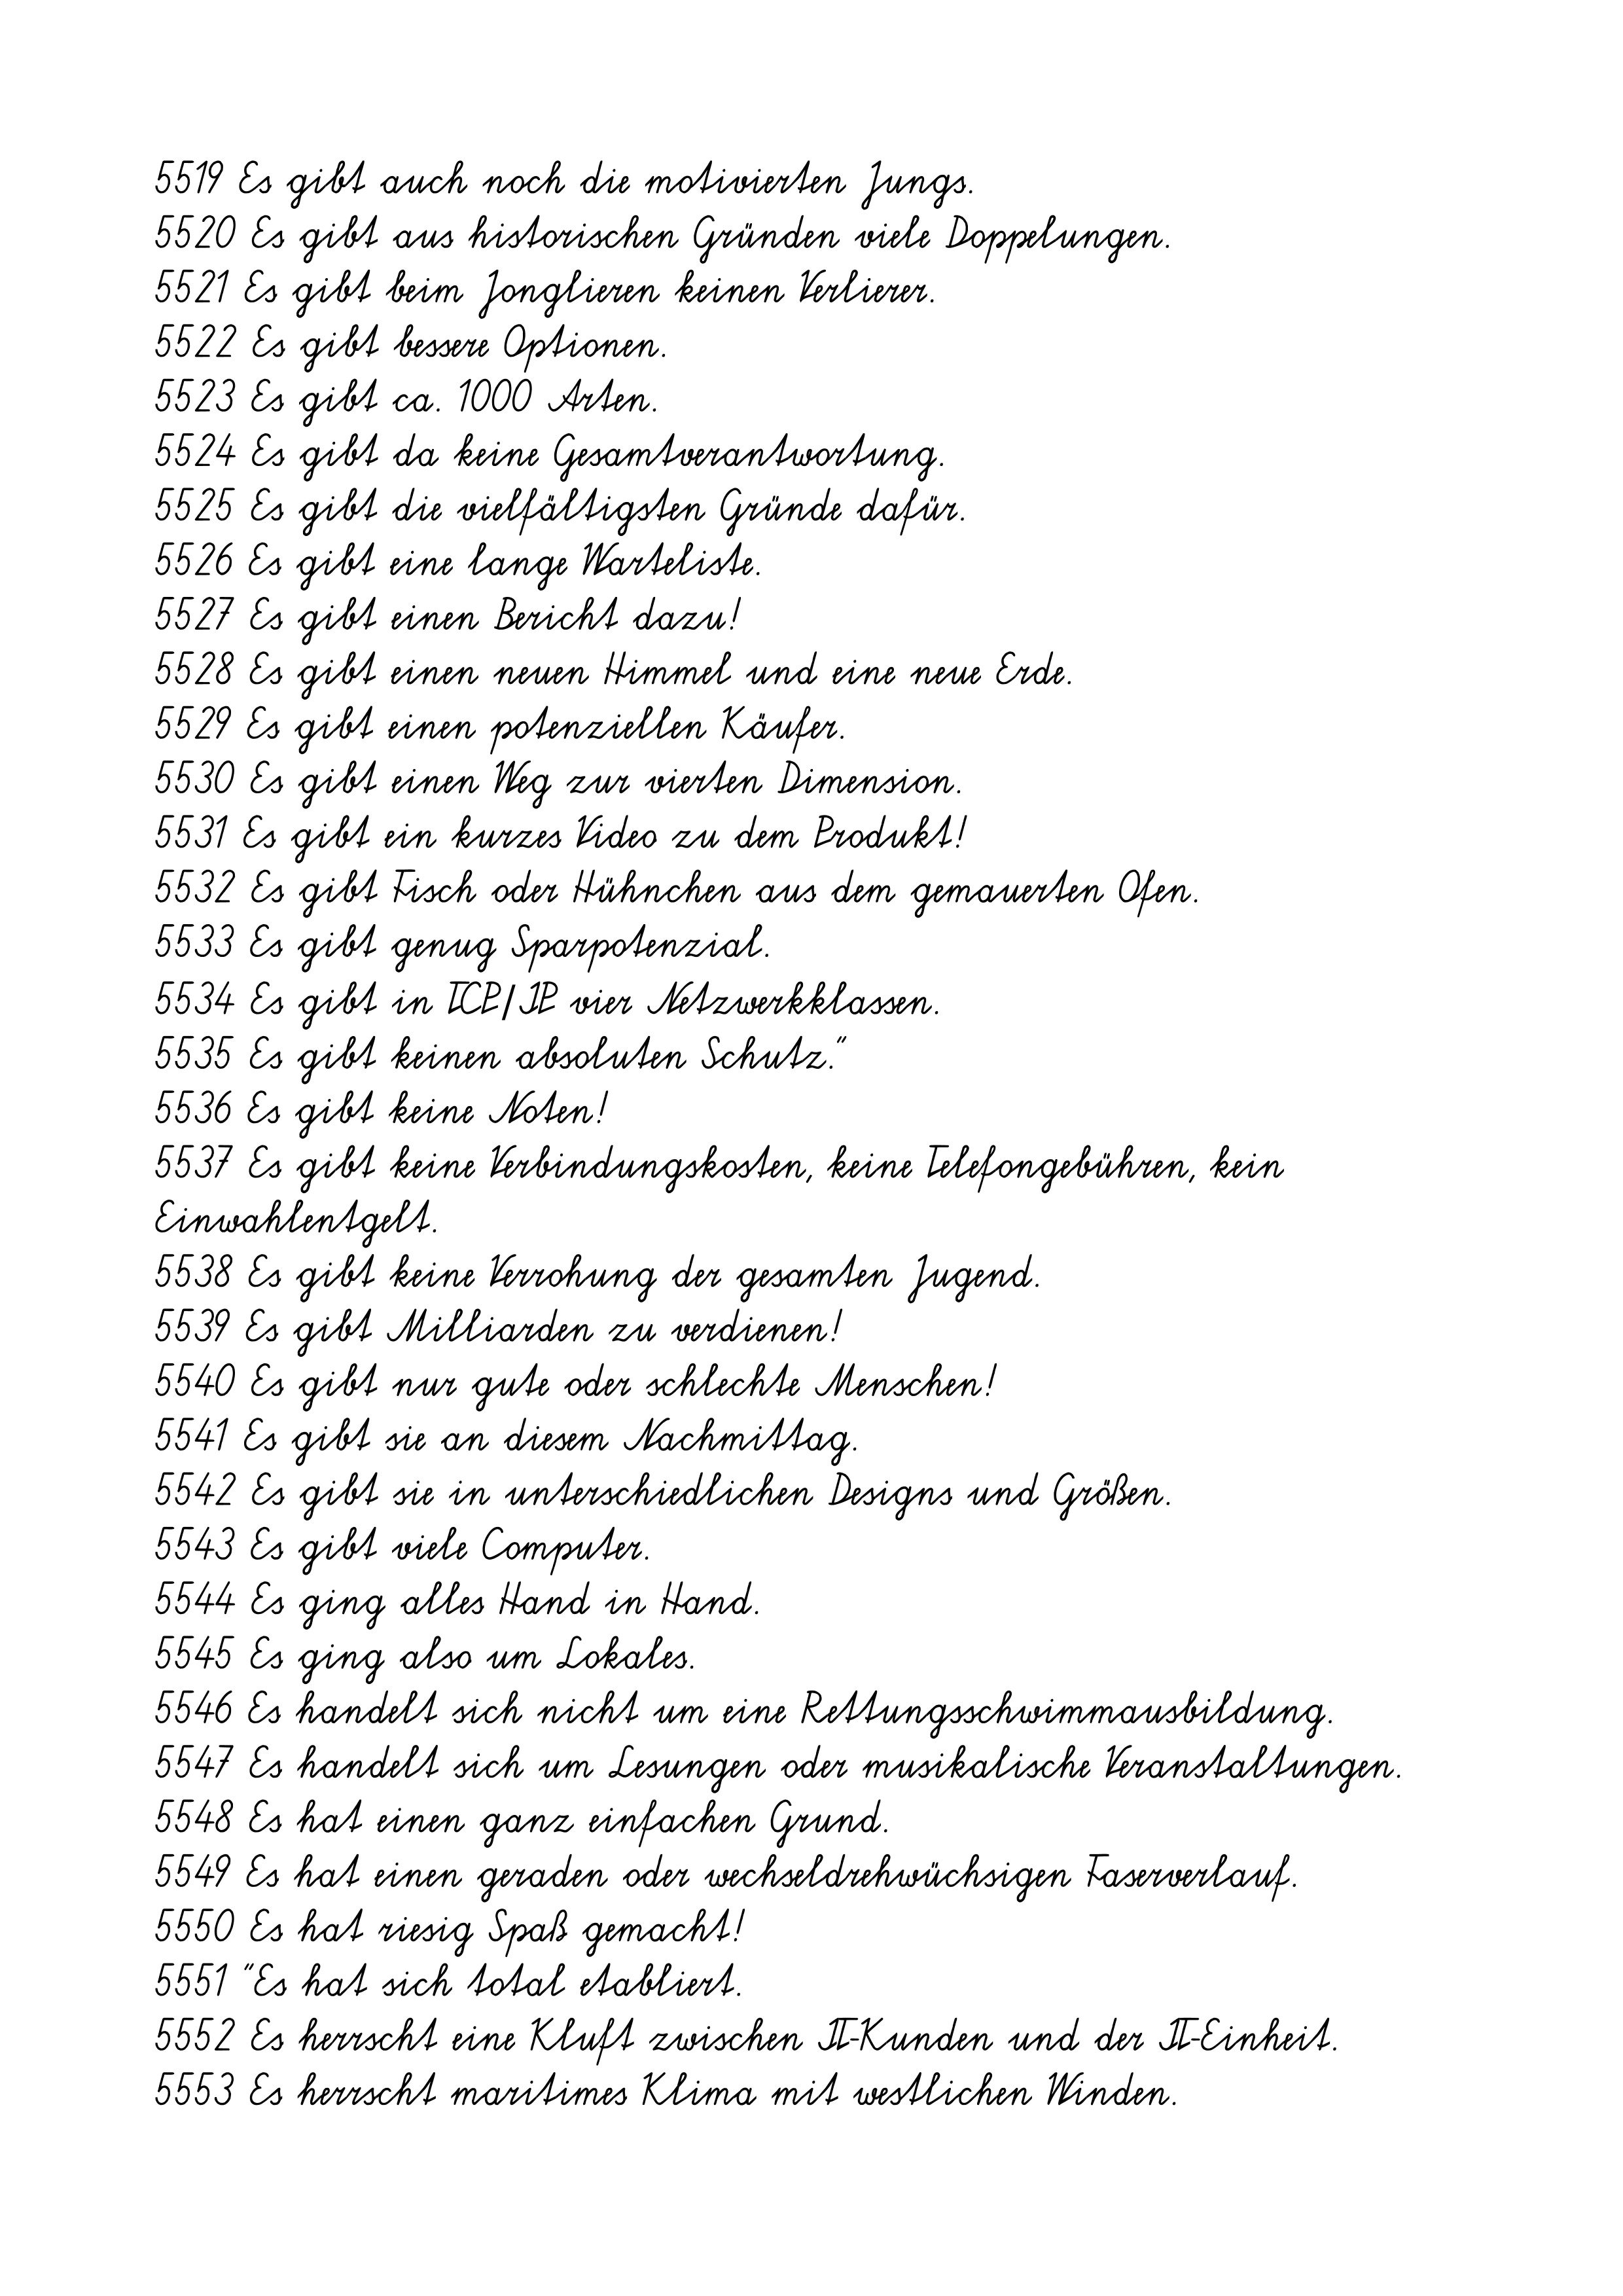
5519 Es gibt auch noch die motivierten Jungs.
5520 Es gibt aus historischen Gründen viele Doppelungen.
5521 Es gibt beim Jonglieren keinen Verlierer.
5522 Es gibt bessere Optionen.
5523 Es gibt ca. 1000 Arten.
5524 Es gibt da keine Gesamtverantwortung.
5525 Es gibt die vielfältigsten Gründe dafür.
5526 Es gibt eine lange Warteliste.
5527 Es gibt einen Bericht dazu!
5528 Es gibt einen neuen Himmel und eine neue Erde.
5529 Es gibt einen potenziellen Käufer.
5530 Es gibt einen Weg zur vierten Dimension.
5531 Es gibt ein kurzes Video zu dem Produkt!
5532 Es gibt Fisch oder Hühnchen aus dem gemauerten Ofen.
5533 Es gibt genug Sparpotenzial.
5534 Es gibt in TCP/IP vier Netzwerkklassen.
5535 Es gibt keinen absoluten Schutz."
5536 Es gibt keine Noten!
5537 Es gibt keine Verbindungskosten, keine Telefongebühren, kein
Einwahlentgelt.
5538 Es gibt keine Verrohung der gesamten Jugend.
5539 Es gibt Milliarden zu verdienen!
5540 Es gibt nur gute oder schlechte Menschen!
5541 Es gibt sie an diesem Nachmittag.
5542 Es gibt sie in unterschiedlichen Designs und Größen.
5543 Es gibt viele Computer.
5544 Es ging alles Hand in Hand.
5545 Es ging also um Lokales.
5546 Es handelt sich nicht um eine Rettungsschwimmausbildung.
5547 Es handelt sich um Lesungen oder musikalische Veranstaltungen.
5548 Es hat einen ganz einfachen Grund.
5549 Es hat einen geraden oder wechseldrehwüchsigen Faserverlauf.
5550 Es hat riesig Spaß gemacht!
5551 "Es hat sich total etabliert.
5552 Es herrscht eine Kluft zwischen IT-Kunden und der IT-Einheit.
5553 Es herrscht maritimes Klima mit westlichen Winden.